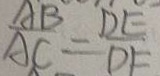
\frac { A B } { A C } = \frac { D E } { D E }